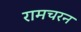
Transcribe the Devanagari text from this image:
रामचरन